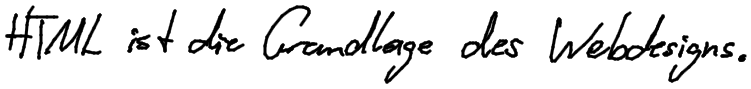
HTML ist die Grundlage des Webdesigns.